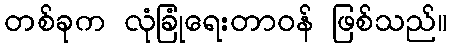
တစ်ခုက လုံခြုံရေးတာဝန် ဖြစ်သည်။